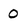
Character: 0